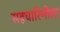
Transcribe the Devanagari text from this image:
सहचारिणीला